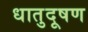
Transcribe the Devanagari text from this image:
धातुदूषण